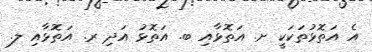
އެ އަތޮޅުތަކަކީ ށ. އަތޮޅާއި ބ. އަތޮޅު އަދި ރ. އަތޮޅާއި ލ.